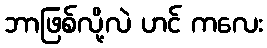
ဘာဖြစ်လို့လဲ ဟင် ကလေး